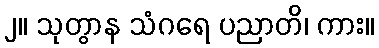
၂။ သုတွာန သံဂရေ ပညာတိ၊ ကား။